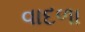
વાદળા